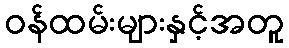
ဝန်ထမ်းများနှင့်အတူ